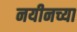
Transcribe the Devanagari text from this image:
नयीनच्या